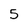
Character: 5